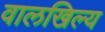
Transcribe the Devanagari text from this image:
वालखिल्‍य